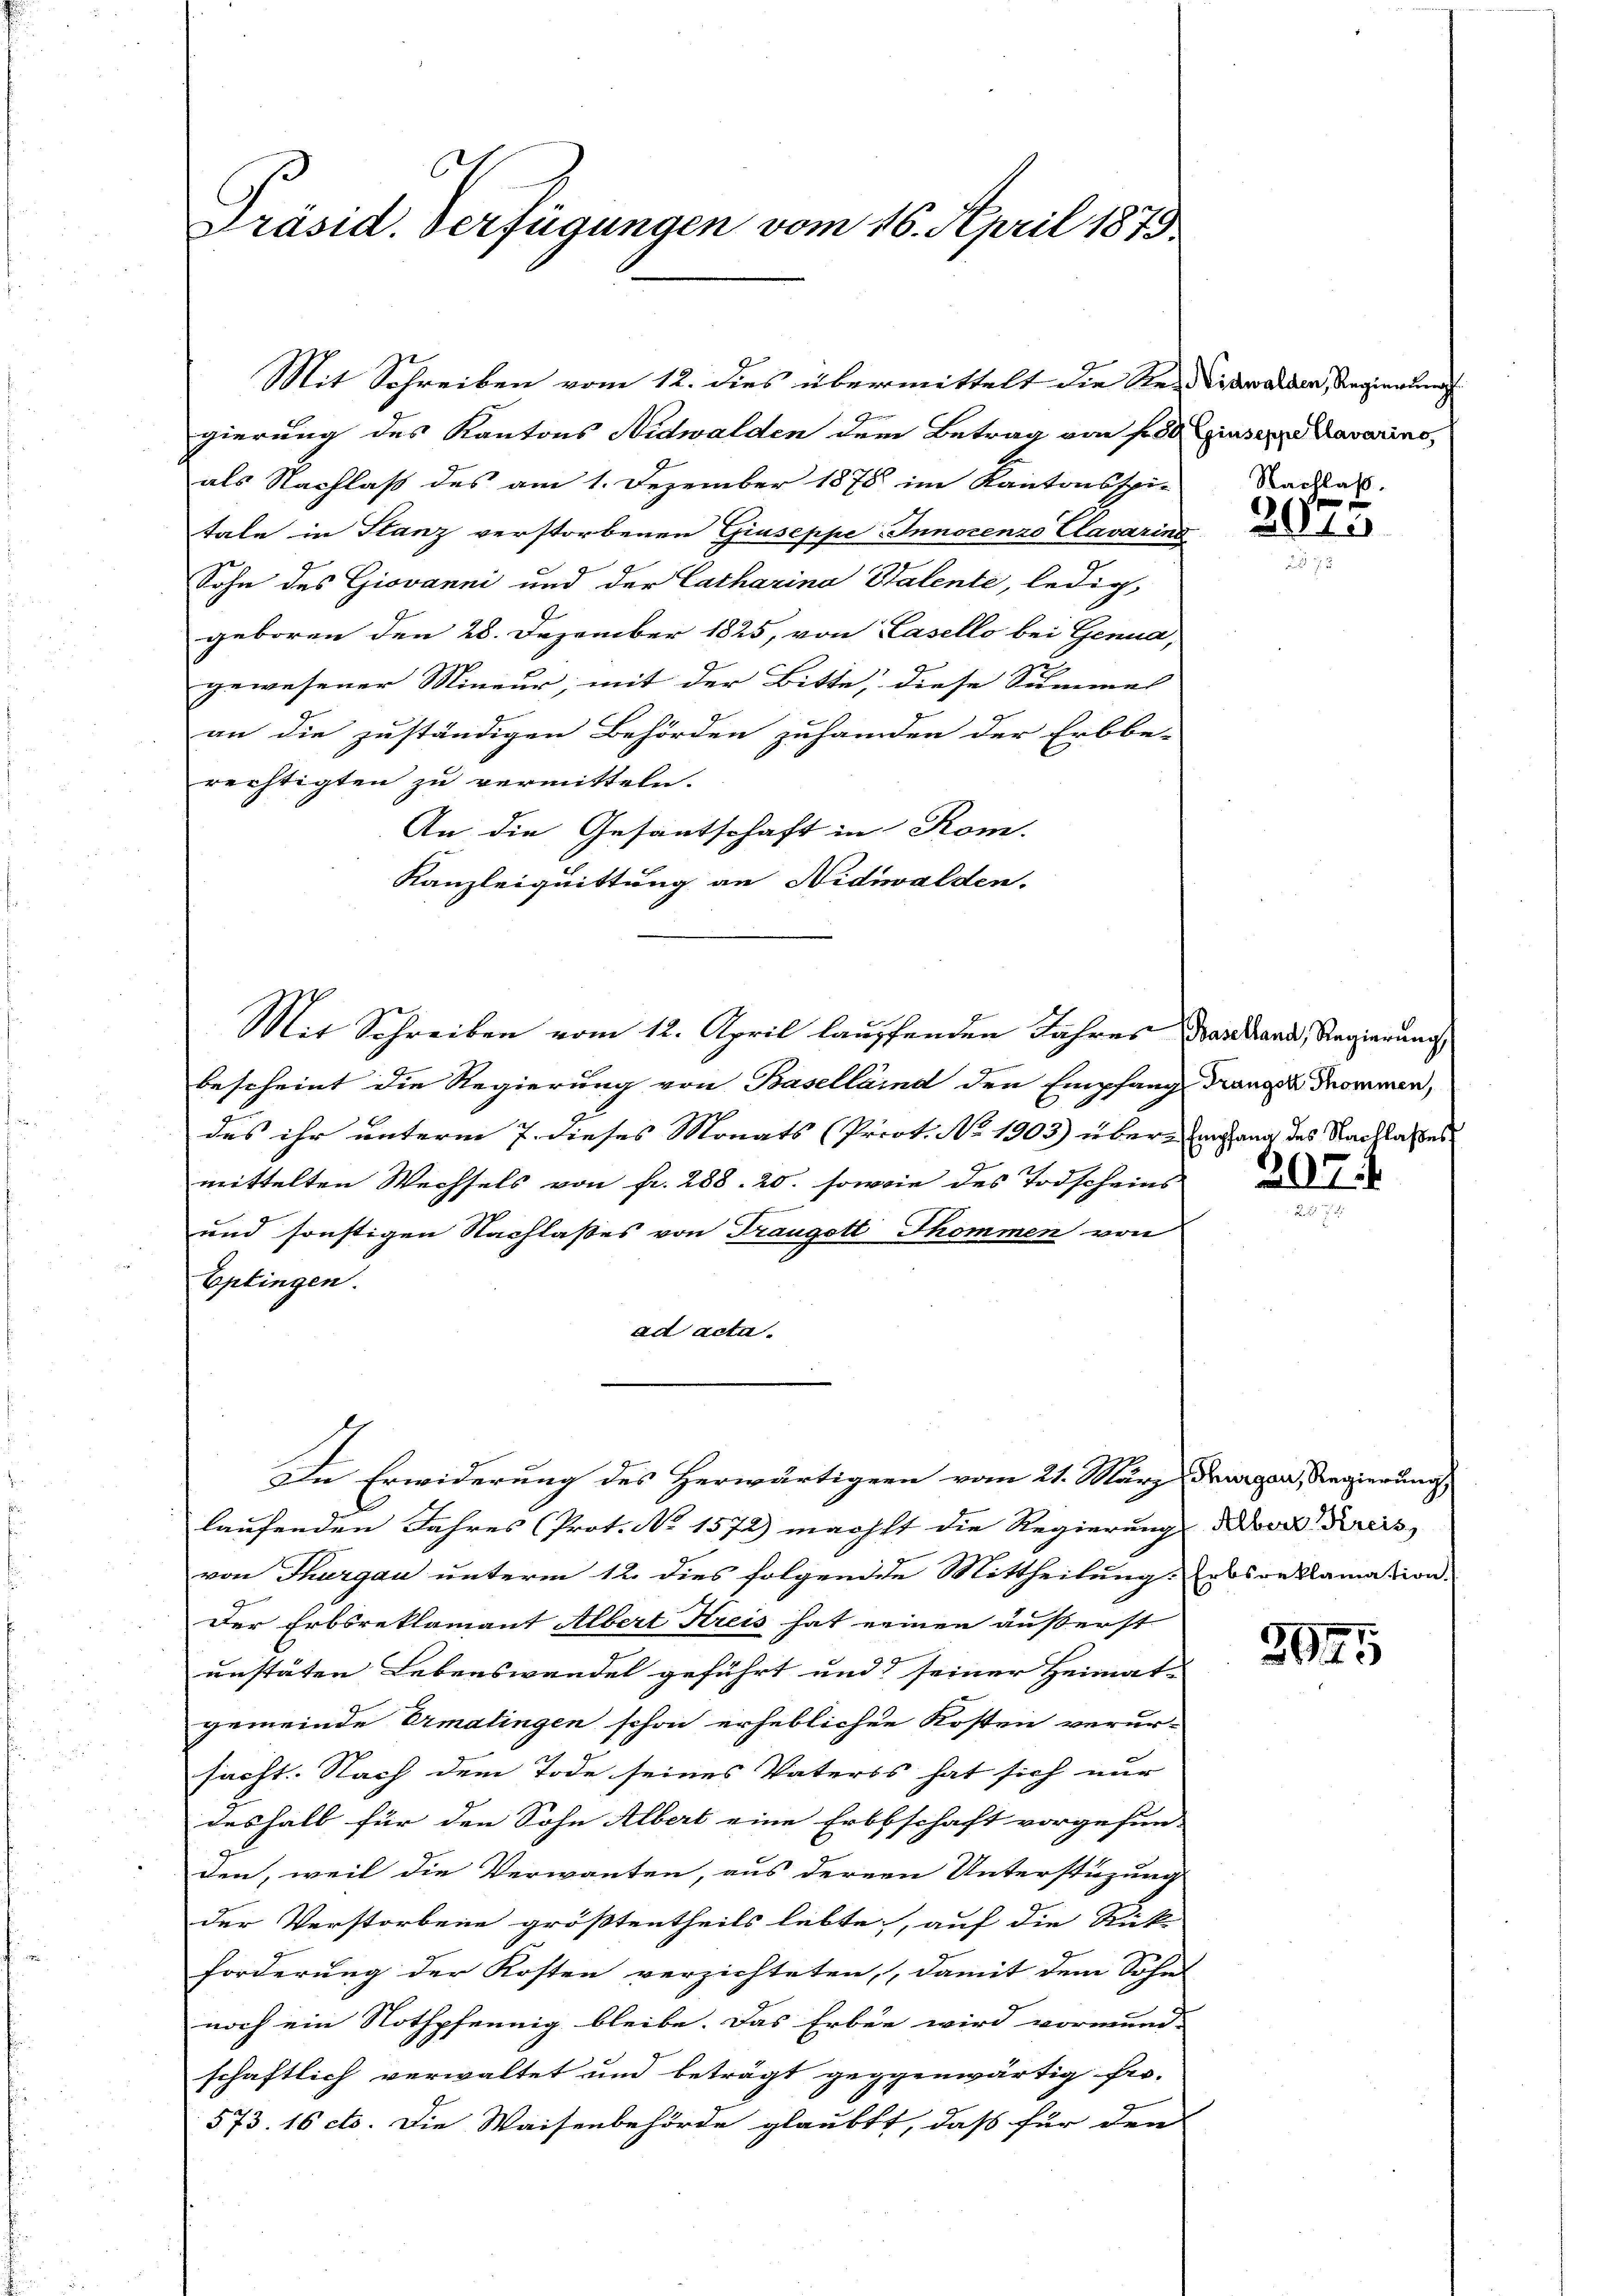
C
Präsid. Verfügungen vom 16. April 1879

gierung des Kantons Nidwalden dem Betrag von fr. 80 Giuseppe Bavarins
als Nachlaß des am 1. Dezember 1878 im Kantonsspi-
tale in Stanz verstorbenen Giuseppe Innocenzo Clavaring
Sohn des Giovanni und der Catharina Stalente, ledig,
geboren den 28. Dezember 1825, von Casello bei Genua,
gewesener Mineur; mit der Bitte, diese Summel
an die zuständigen Behörden zuhanden der Erbbe-
rechtigten zu vermitteln.
An die Gesantschaft in Rom.
Kanzleiquittung an Nidwalden.
Mit Schreiben vom 12. April lauffenden Jahres Bastand, Regierungs
bescheint die Regierung von Baselland den Empfang Trangen Trommen,
des ihr unterm 7. dieses Monats (Priot. No 1903) über Empfang des Nachlasses
mittelten Wechsels von fr. 288. 20. sowie des Todscheins
und sonstigen Nachlaßes von Traugott Thommen von
Eptingen.
ad acta.
In Erwiderung des Herwärtigern vom 21. März Parzer, Regierungs
laufenden Jahres (Prot. No. 1572) machst die Regierung der Kreis
von Thurgau unterm 12. dies folgende Mittheilung. Erbsreklamation
Der Erbsreklamant Albert Kreis hat einen äußerst
unstäten Lebenswandel geführt und seiner Heimat-
gemeinde Ermatingen schon erheblichen Kosten verur-
sacht. Nach dem Tode seines Vaters hat sich nur
deshalb für den Sohn Albert eine Erbschaft vorgefun-
den, weil die Verwanten, aus dernen Unterstüzung
der Verstorbene größtentheils lebte, auf die Rück-
forderung der Kosten verzichteten, damit dem Sohn
noch ein Nothpfennig bleibe. Das Erben wird vormund-
schaftlich verwaltet und beträgt gegenwärtig fer-
573. 16 cts. Die Waisenbehörde glaubtt, daß für den

Mit Schreiben vom 12. dies übermittelt die Vertrauen, Regierung

Nachlaß.

2015

207.

3045